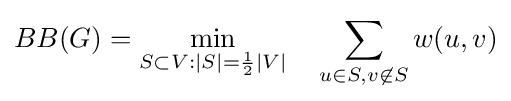
BB(G)=\min _{S\subset V:|S|={\frac {1}{2}}|V|}\quad \sum _{u\in S,v\not \in S}w(u,v)